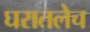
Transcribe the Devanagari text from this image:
घरातलेच